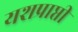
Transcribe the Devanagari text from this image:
यशप्राप्ती